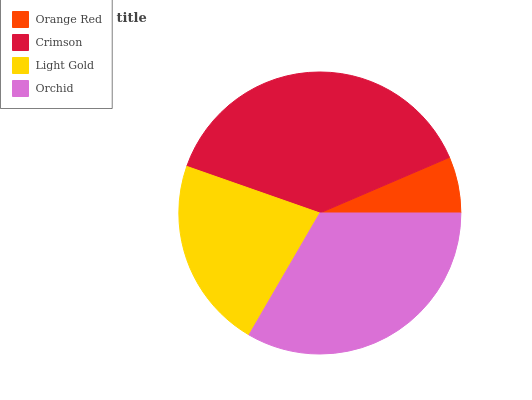
| Orange Red | Crimson | Light Gold | Orchid |
 | --- | --- | --- | --- |
 | 6.44% | 38.2% | 22% | 33.4% |